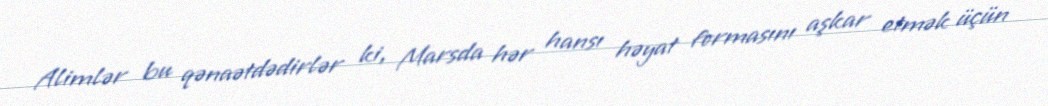
Alimlər bu qənaətdədirlər ki, Marsda hər hansı həyat formasını aşkar etmək üçün